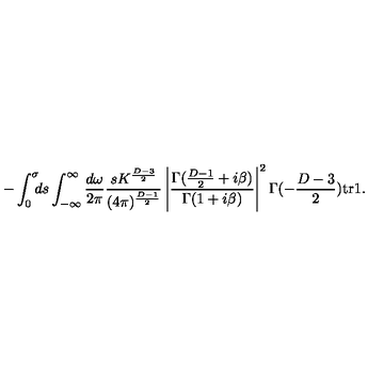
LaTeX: - \int _ { 0 } ^ { \sigma } \! \! \! d s \int _ { - \infty } ^ { \infty } \frac { d \omega } { 2 \pi } \frac { s K ^ { \frac { D - 3 } { 2 } } } { ( 4 \pi ) ^ { \frac { D - 1 } { 2 } } } \left| \frac { \Gamma ( \frac { D - 1 } { 2 } + i \beta ) } { \Gamma ( 1 + i \beta ) } \right| ^ { 2 } \Gamma ( - \frac { D - 3 } { 2 } ) \mathrm { t r } \mathrm { \boldmath 1 } .